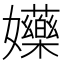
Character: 𡤤